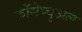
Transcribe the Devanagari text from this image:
कोंसेप्चुअल